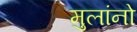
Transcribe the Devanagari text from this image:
मुलांनो